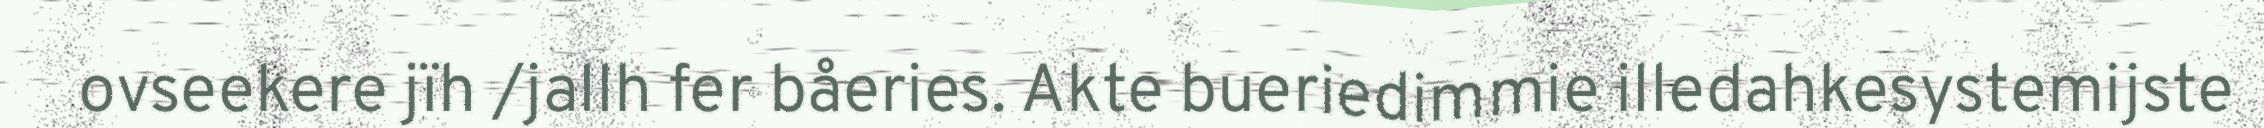
ovseekere jïh /jallh fer båeries. Akte bueriedimmie illedahkesystemijste